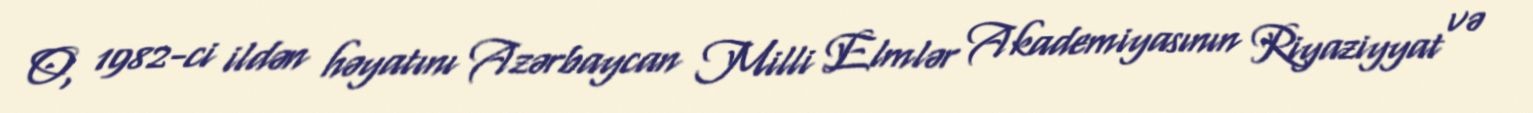
O, 1982-ci ildən həyatını Azərbaycan Milli Elmlər Akademiyasının Riyaziyyat və